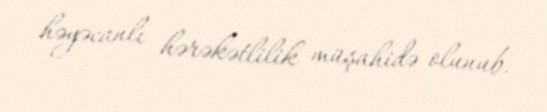
həyəcanlı hərəkətlilik müşahidə olunub.